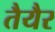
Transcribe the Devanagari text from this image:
तैयैर